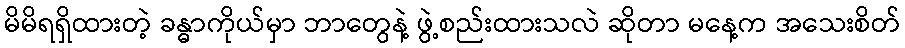
မိမိရရှိထားတဲ့ ခန္ဓာကိုယ်မှာ ဘာတွေနဲ့ ဖွဲ့စည်းထားသလဲ ဆိုတာ မနေ့က အသေးစိတ်